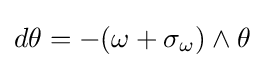
d\theta =-(\omega +\sigma _{\omega })\wedge \theta